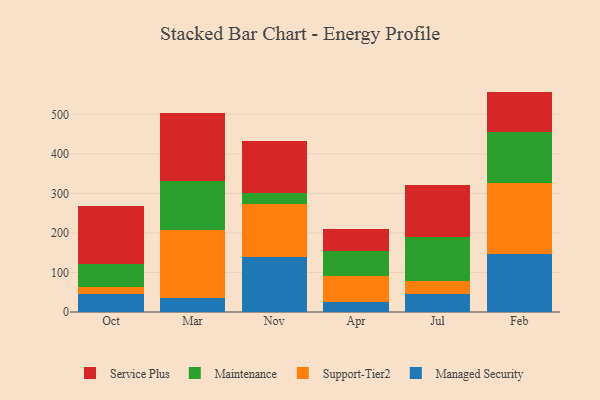
{"axis": {"x": "Month", "y": "Headcount"}, "legend": ["Maintenance", "Managed Security", "Service Plus", "Support-Tier2"], "data": [{"x": "Oct", "y": 44.7, "type": "Managed Security"}, {"x": "Oct", "y": 18.8, "type": "Support-Tier2"}, {"x": "Oct", "y": 56.8, "type": "Maintenance"}, {"x": "Oct", "y": 148.3, "type": "Service Plus"}, {"x": "Mar", "y": 35.7, "type": "Managed Security"}, {"x": "Mar", "y": 173.0, "type": "Support-Tier2"}, {"x": "Mar", "y": 121.7, "type": "Maintenance"}, {"x": "Mar", "y": 174.0, "type": "Service Plus"}, {"x": "Nov", "y": 140.0, "type": "Managed Security"}, {"x": "Nov", "y": 133.6, "type": "Support-Tier2"}, {"x": "Nov", "y": 28.6, "type": "Maintenance"}, {"x": "Nov", "y": 131.5, "type": "Service Plus"}, {"x": "Apr", "y": 26.3, "type": "Managed Security"}, {"x": "Apr", "y": 65.2, "type": "Support-Tier2"}, {"x": "Apr", "y": 62.7, "type": "Maintenance"}, {"x": "Apr", "y": 56.9, "type": "Service Plus"}, {"x": "Jul", "y": 44.8, "type": "Managed Security"}, {"x": "Jul", "y": 33.9, "type": "Support-Tier2"}, {"x": "Jul", "y": 110.9, "type": "Maintenance"}, {"x": "Jul", "y": 132.3, "type": "Service Plus"}, {"x": "Feb", "y": 147.2, "type": "Managed Security"}, {"x": "Feb", "y": 179.9, "type": "Support-Tier2"}, {"x": "Feb", "y": 127.6, "type": "Maintenance"}, {"x": "Feb", "y": 102.9, "type": "Service Plus"}]}